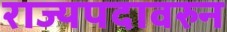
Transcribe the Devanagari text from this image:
राज्यपदावरुन